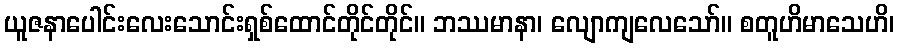
ယူဇနာပေါင်းလေးသောင်းရှစ်ထောင်တိုင်တိုင်။ ဘဿမာနာ၊ လျောကျလေသော်။ စတူဟိမာသေဟိ၊